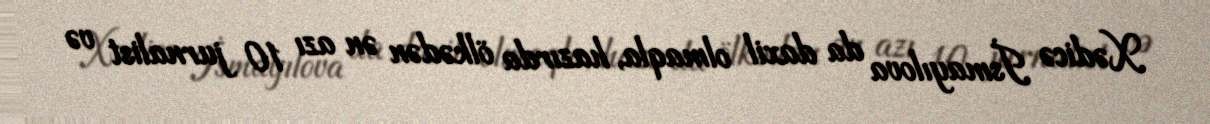
Xədicə İsmayılova da daxil olmaqla, hazırda ölkədən ən azı 10 jurnalist və